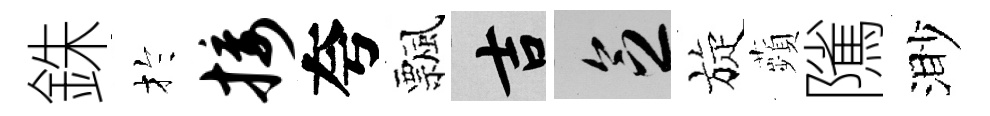
銖扵接夸飄吉乏旋蘋隲渺